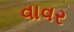
વાવર